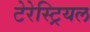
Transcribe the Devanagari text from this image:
टेरेस्‍ट्रियल